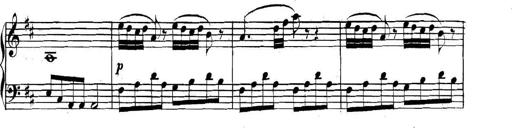
Title: Collected Piano Sonatas
Composer: Muzio Clementi